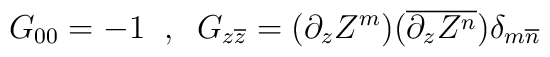
G_{00} = -1 \;\; , \;\; G_{z\overline{z}} = (\partial_z Z^m) (\overline{\partial_z Z^n}) \delta_{m\overline{n}}